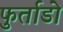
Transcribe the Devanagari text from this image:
फुर्ताडो